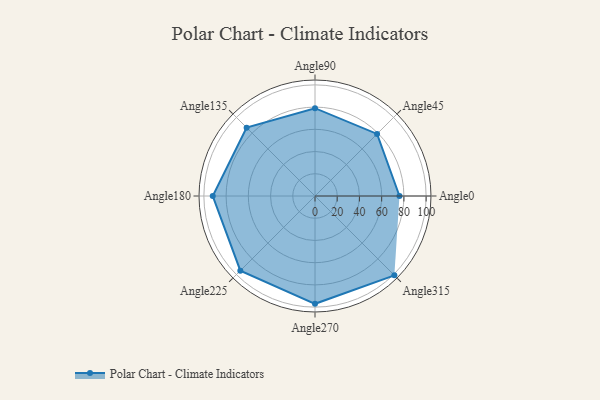
{"axis": {"x": "Angle", "y": "Radius"}, "legend": [""], "data": [{"x": "Angle0", "y": 76.0, "type": ""}, {"x": "Angle45", "y": 79.0, "type": ""}, {"x": "Angle90", "y": 79.0, "type": ""}, {"x": "Angle135", "y": 87.0, "type": ""}, {"x": "Angle180", "y": 92.0, "type": ""}, {"x": "Angle225", "y": 95.0, "type": ""}, {"x": "Angle270", "y": 97.0, "type": ""}, {"x": "Angle315", "y": 101.0, "type": ""}]}